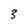
Character: 3